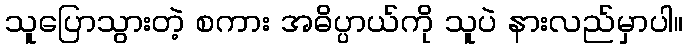
သူပြောသွားတဲ့ စကား အဓိပ္ပာယ်ကို သူပဲ နားလည်မှာပါ။